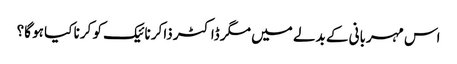
اس مہربانی کے بدلے میں مگر ڈاکٹر ذاکر نائیک کو کرنا کیا ہو گا؟